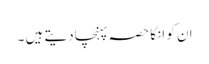
ان کو انکا حصہ پہنچادیتے ہیں ۔